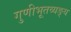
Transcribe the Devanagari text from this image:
गुणीभूतव्यङ्य